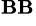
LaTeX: ^{\mathbf{B}\mathbf{B}}